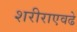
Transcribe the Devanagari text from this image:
शरीराएवढे